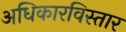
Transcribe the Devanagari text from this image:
अधिकारविस्तार